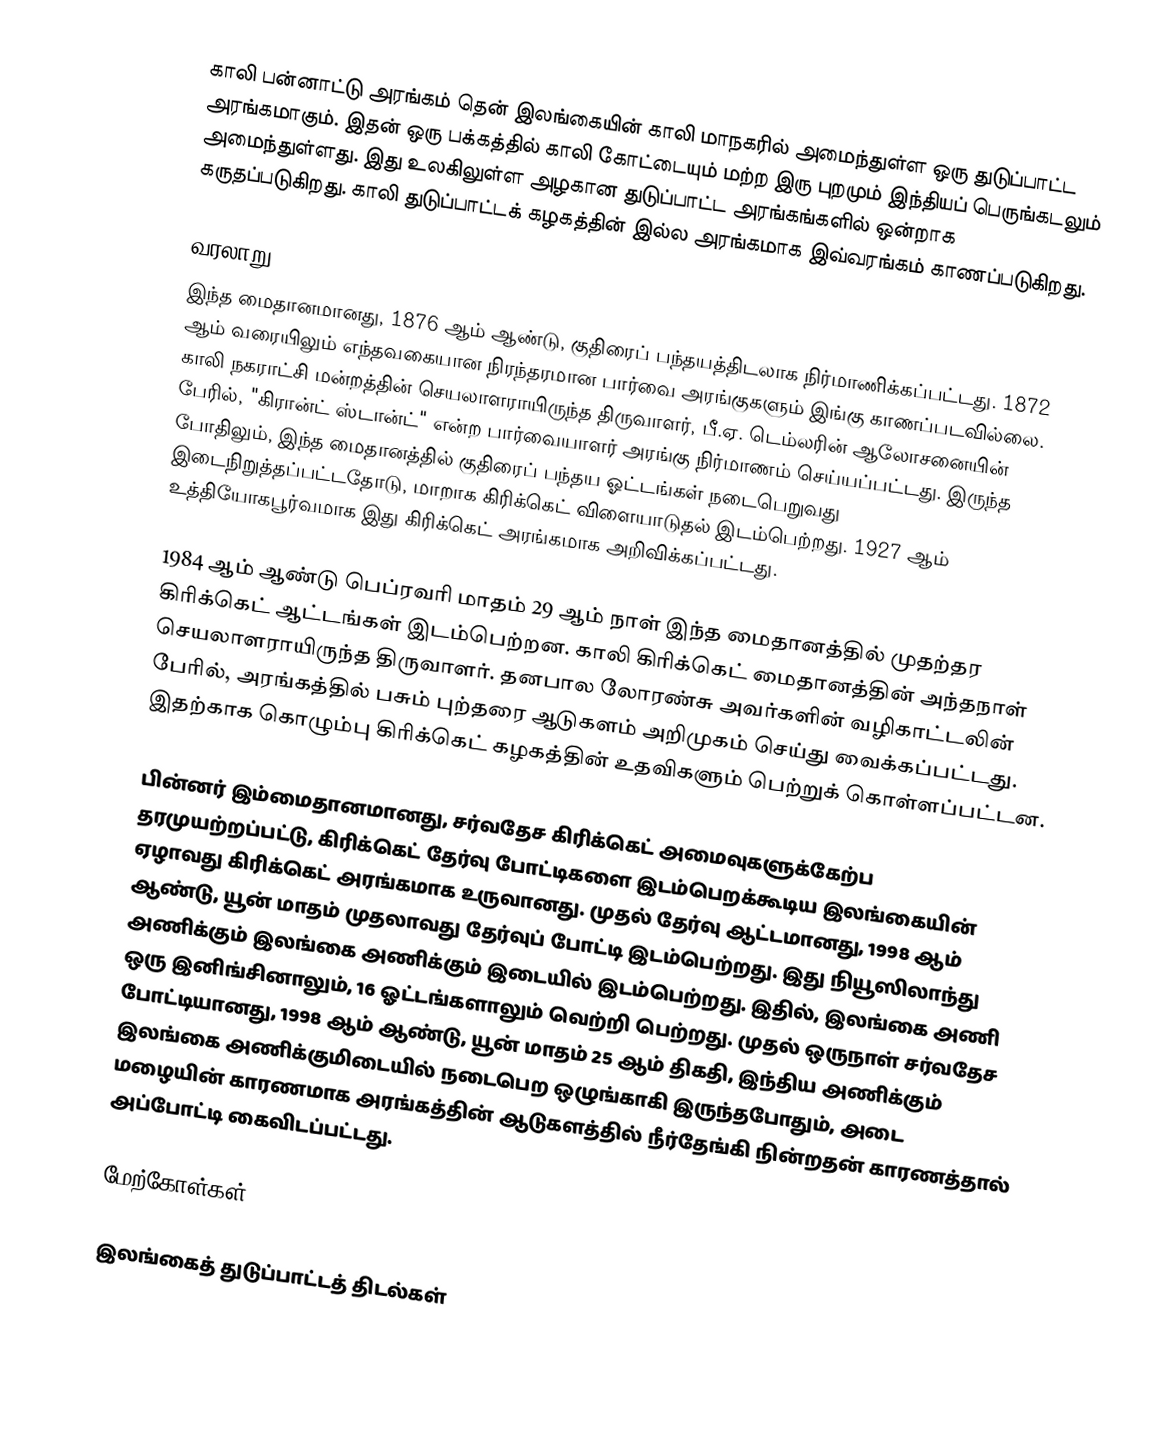
காலி பன்னாட்டு அரங்கம் தென் இலங்கையின் காலி மாநகரில் அமைந்துள்ள ஒரு துடுப்பாட்ட அரங்கமாகும். இதன் ஒரு பக்கத்தில் காலி கோட்டையும் மற்ற இரு புறமும் இந்தியப் பெருங்கடலும் அமைந்துள்ளது. இது உலகிலுள்ள அழகான துடுப்பாட்ட அரங்கங்களில் ஒன்றாக கருதப்படுகிறது. காலி துடுப்பாட்டக் கழகத்தின் இல்ல அரங்கமாக இவ்வரங்கம் காணப்படுகிறது.

வரலாறு
இந்த மைதானமானது, 1876 ஆம் ஆண்டு, குதிரைப் பந்தயத்திடலாக நிர்மாணிக்கப்பட்டது. 1872 ஆம் வரையிலும் எந்தவகையான நிரந்தரமான பார்வை அரங்குகளும் இங்கு காணப்படவில்லை. காலி நகராட்சி மன்றத்தின் செயலாளராயிருந்த திருவாளர், பீ.ஏ. டெம்லரின் ஆலோசனையின் பேரில், "கிரான்ட் ஸ்டான்ட்" என்ற பார்வையாளர் அரங்கு நிர்மாணம் செய்யப்பட்டது. இருந்த போதிலும், இந்த மைதானத்தில் குதிரைப் பந்தய ஓட்டங்கள் நடைபெறுவது இடைநிறுத்தப்பட்டதோடு, மாறாக கிரிக்கெட் விளையாடுதல் இடம்பெற்றது. 1927 ஆம் உத்தியோகபூர்வமாக இது கிரிக்கெட் அரங்கமாக அறிவிக்கப்பட்டது.

1984 ஆம் ஆண்டு பெப்ரவரி மாதம் 29 ஆம் நாள் இந்த மைதானத்தில் முதற்தர கிரிக்கெட் ஆட்டங்கள் இடம்பெற்றன. காலி கிரிக்கெட் மைதானத்தின் அந்தநாள் செயலாளராயிருந்த திருவாளர். தனபால லோரண்சு அவர்களின் வழிகாட்டலின் பேரில், அரங்கத்தில் பசும் புற்தரை ஆடுகளம் அறிமுகம் செய்து வைக்கப்பட்டது. இதற்காக கொழும்பு கிரிக்கெட் கழகத்தின் உதவிகளும் பெற்றுக் கொள்ளப்பட்டன.

பின்னர் இம்மைதானமானது, சர்வதேச கிரிக்கெட் அமைவுகளுக்கேற்ப தரமுயற்றப்பட்டு, கிரிக்கெட் தேர்வு போட்டிகளை இடம்பெறக்கூடிய இலங்கையின் ஏழாவது கிரிக்கெட் அரங்கமாக உருவானது. முதல் தேர்வு ஆட்டமானது, 1998 ஆம் ஆண்டு, யூன் மாதம் முதலாவது தேர்வுப் போட்டி இடம்பெற்றது. இது நியூஸிலாந்து அணிக்கும் இலங்கை அணிக்கும் இடையில் இடம்பெற்றது. இதில், இலங்கை அணி ஒரு இனிங்சினாலும், 16 ஓட்டங்களாலும் வெற்றி பெற்றது. முதல் ஒருநாள் சர்வதேச போட்டியானது, 1998 ஆம் ஆண்டு, யூன் மாதம் 25 ஆம் திகதி, இந்திய அணிக்கும் இலங்கை அணிக்குமிடையில் நடைபெற ஒழுங்காகி இருந்தபோதும், அடை மழையின் காரணமாக அரங்கத்தின் ஆடுகளத்தில் நீர்தேங்கி நின்றதன் காரணத்தால் அப்போட்டி கைவிடப்பட்டது.

மேற்கோள்கள்

இலங்கைத் துடுப்பாட்டத் திடல்கள்